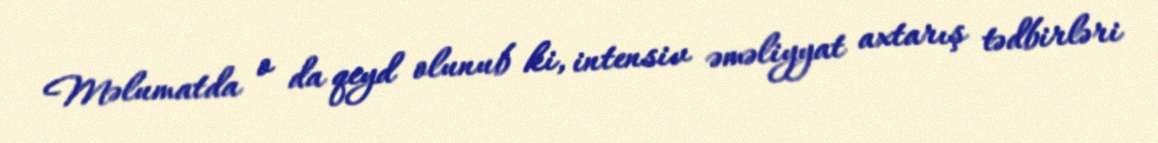
Məlumatda o da qeyd olunub ki, intensiv əməliyyat axtarış tədbirləri